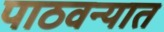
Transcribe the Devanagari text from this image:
पाठवन्यात